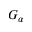
G _ { \alpha }